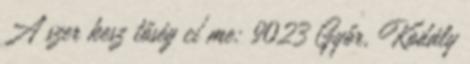
A szer kesz tőség cí me: 9023 Győr, Kodály